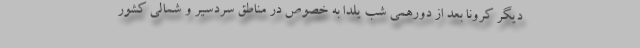
دیگر کرونا بعد از دورهمی شب یلدا به خصوص در مناطق سردسیر و شمالی کشور